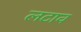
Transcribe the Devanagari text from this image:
लटाव